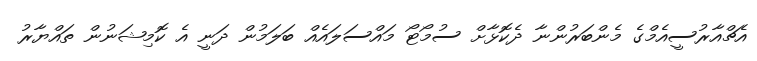
އެޗްއާރުސީއެމްގެ މެންބަރުންނާ ދެކޮޅާށް ސުމޯޓޯ މައްސަލައެއް ބަލަމުން ދަނީ އެ ކޮމިޝަނުން ތައްޔާރު